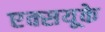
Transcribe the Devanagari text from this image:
एक्सयूके